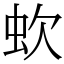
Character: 㰩